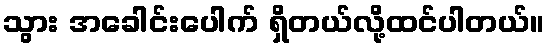
သွား အခေါင်းပေါက် ရှိတယ်လို့ထင်ပါတယ်။